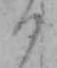
く